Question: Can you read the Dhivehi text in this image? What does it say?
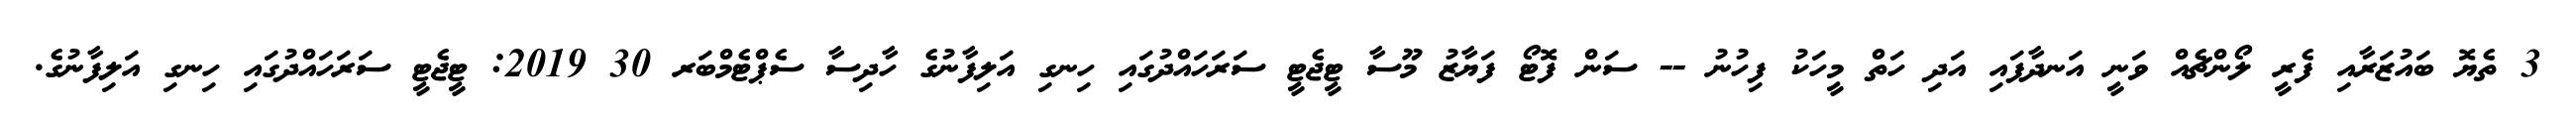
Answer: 3 ތެޔޮ ބައުޒަރާއި ފެރީ ލޯންޗެއް ވަނީ އަނދާފައި އަދި ހަތް މީހަކު ފިހުނު -- ސަން ފޮޓޯ ފަޔާޒު މޫސާ ޓީޖެޓީ ސަރަހައްދުގައި ހިނގި އަލިފާނުގެ ހާދިސާ ސެޕްޓެމްބަރ 30 2019: ޓީޖެޓީ ސަރަހައްދުގައި ހިނގި އަލިފާނުގެ.